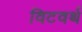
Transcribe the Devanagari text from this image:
विटवर्थ